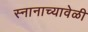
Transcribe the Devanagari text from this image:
स्नानाच्यावेळी